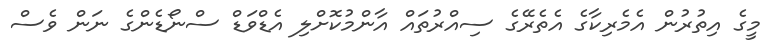
މީގެ އިތުރުން އެމެރިކާގެ އެތެރޭގެ ސިއްރުތައް އާންމުކޮށްލި އެޑްވަޑް ސްނޯޑެންގެ ނަން ވެސް